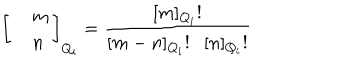
\left[ \begin{array} { c l c r } { { } } & { { m } } \\ { { } } & { { n } } \\ \end{array} \right] _ { Q _ { i } } = \frac { \lbrack m \rbrack _ { Q _ { i } } ! } { \lbrack m - n \rbrack _ { Q _ { i } } ! \lbrack n \rbrack _ { Q _ { i } } ! }